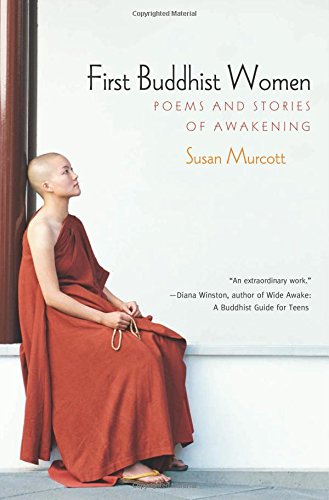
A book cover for First Buddhist Women: Poems and Stories of Awakening; Susan Murcott; Religion & Spirituality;